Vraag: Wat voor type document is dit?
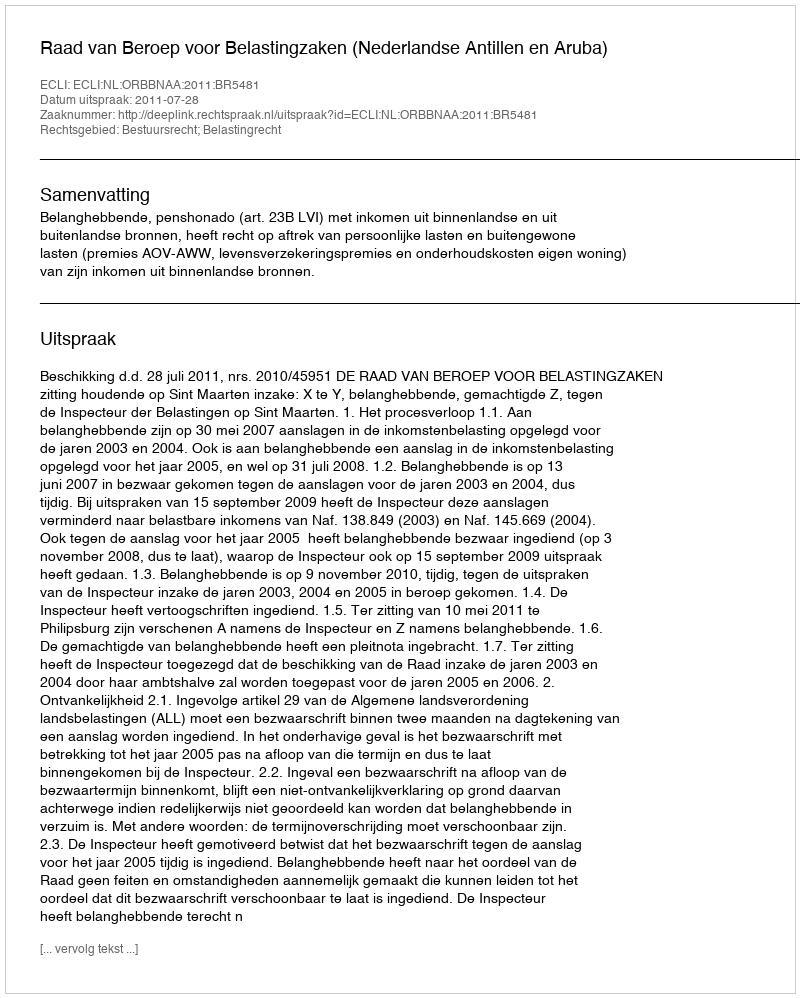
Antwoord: Uitspraak